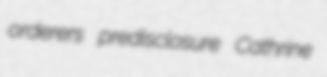
orderers predisclosure Cathrine